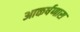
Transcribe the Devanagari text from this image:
आकर्षणास